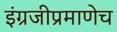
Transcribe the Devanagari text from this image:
इंग्रजीप्रमाणेच